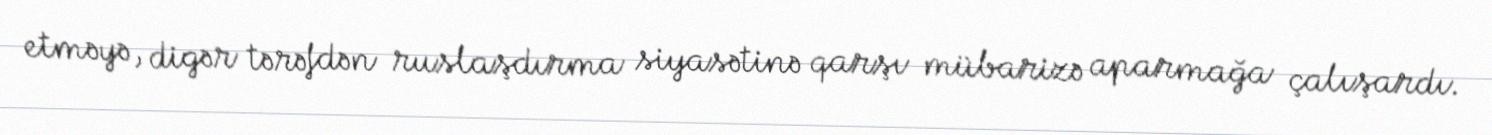
etməyə, digər tərəfdən ruslaşdırma siyasətinə qarşı mübarizə aparmağa çalışardı.